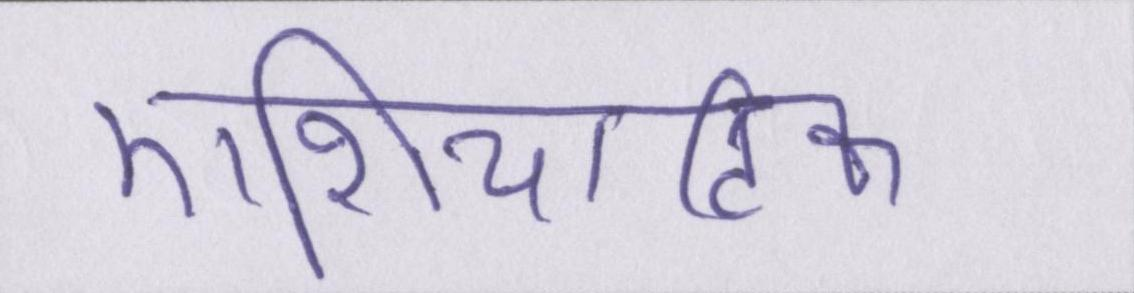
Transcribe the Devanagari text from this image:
एशियाटिक